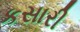
કસારી